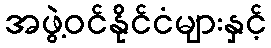
အဖွဲ့ဝင်နိုင်ငံများနှင့်